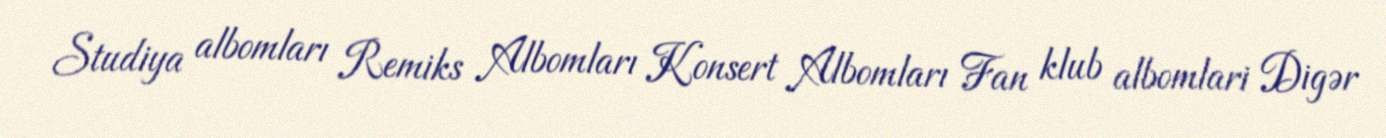
Studiya albomları Remiks Albomları Konsert Albomları Fan klub albomlari Digər